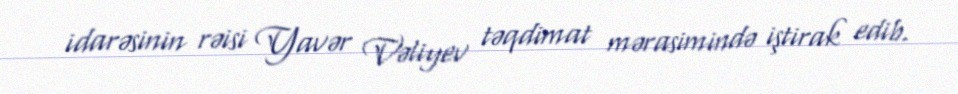
idarəsinin rəisi Yavər Vəliyev təqdimat mərasimində iştirak edib.